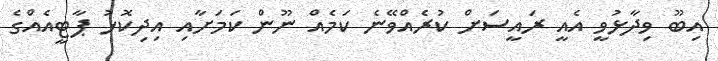
އިބޫ ވިދާޅުވީ އެއީ ރައީސަށް ކުރެއްވޭނެ ކަމެއް ނޫން ކަމަށާއި އިދިކޮޅު ޕާޓީއެއްގެ